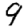
Digit: 9